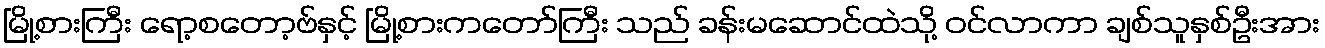
မြို့စားကြီး ရော့စတော့ဗ်နှင့် မြို့စားကတော်ကြီး သည် ခန်းမဆောင်ထဲသို့ ဝင်လာကာ ချစ်သူနှစ်ဦးအား